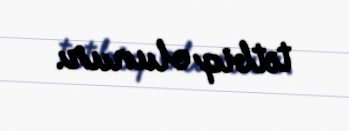
tətbiq olunur.